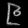
Digit: ၉